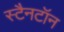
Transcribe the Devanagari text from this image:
स्टैनटॉन